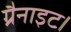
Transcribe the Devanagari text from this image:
ग्रैनाइट।